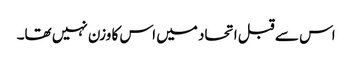
اس سے قبل اتحاد میں اس کا وزن نہیں تھا۔